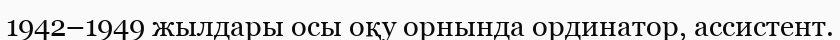
1942–1949 жылдары осы оқу орнында ординатор, ассистент.